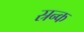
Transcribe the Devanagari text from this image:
स्रन्क